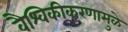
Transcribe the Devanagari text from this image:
वैश्विकीकरणामुळे